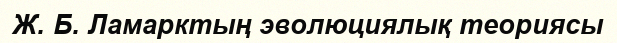
Ж. Б. Ламарктың эволюциялық теориясы